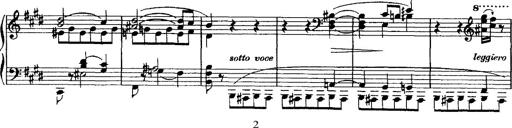
Title: Valse mÃ©lancolique
Composer: Paul Vidal
Key: F-sharp minor